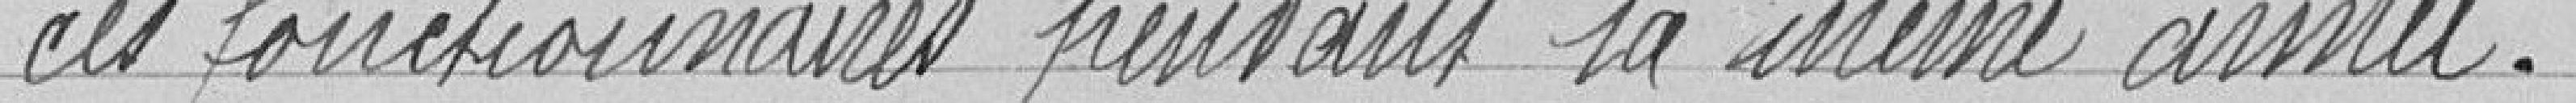
des fonctionnaires pendant la même année.